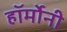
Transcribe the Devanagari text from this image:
हॉर्मोनी